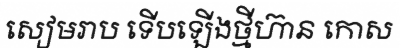
សៀមរាប ទើបឡើងថ្មីហ៊ាន កោស